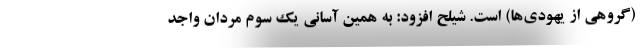
(گروهی از یهودی‌ها) است. شیلح افزود: به همین آسانی یک سوم مردان واجد